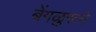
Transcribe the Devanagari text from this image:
बेंगळुरूने